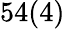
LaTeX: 54(4)